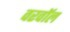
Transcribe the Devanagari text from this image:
वरवॉल